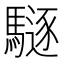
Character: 䮱